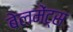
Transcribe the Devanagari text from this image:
बेलमेंट्स